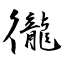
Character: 徿